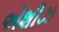
એશીઝ